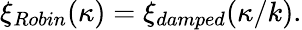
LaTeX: \xi_{Robin}(\kappa)=\xi_{damped}(\kappa/k).